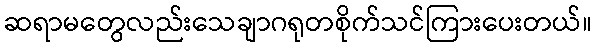
ဆရာမတွေလည်းသေချာဂရုတစိုက်သင်ကြားပေးတယ်။